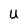
Character: U